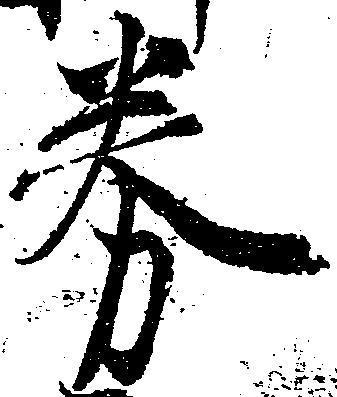
券